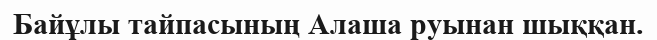
Байұлы тайпасының Алаша руынан шыққан.